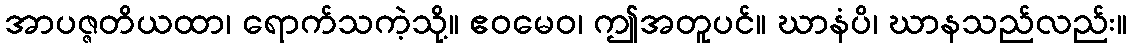
အာပဇ္ဇတိယထာ၊ ရောက်သကဲ့သို့။ ဧဝမေဝ၊ ဤအတူပင်။ ဃာနံပိ၊ ဃာနသည်လည်း။